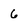
Character: 6